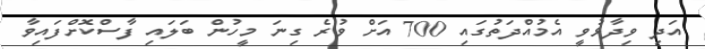
އަދި ވިދާޅުވީ އެމުއްދަތުގައި 700 އަށް ވުރެ ގިނަ މީހުން ބަލައި ފާސްކޮށްފައިވާ